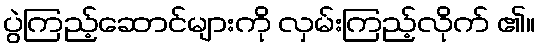
ပွဲကြည့်ဆောင်များကို လှမ်းကြည့်လိုက် ၏။